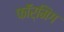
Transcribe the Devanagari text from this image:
फॉर्मिंग